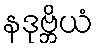
နဒုဗ္ဘိယံ